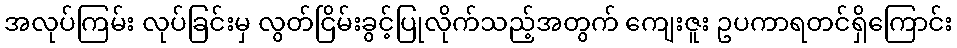
အလုပ်ကြမ်း လုပ်ခြင်းမှ လွတ်ငြိမ်းခွင့်ပြုလိုက်သည့်အတွက် ကျေးဇူး ဥပကာရတင်ရှိကြောင်း